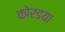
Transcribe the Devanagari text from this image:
कोरडया